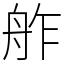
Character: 舴